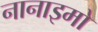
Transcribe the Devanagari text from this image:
नानाइमो